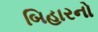
બિહારનો